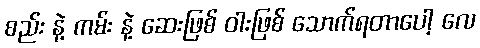
စည်း နဲ့ ကမ်း နဲ့ ဆေးဖြစ် ဝါးဖြစ် သောက်ရတာပေါ့ လေ